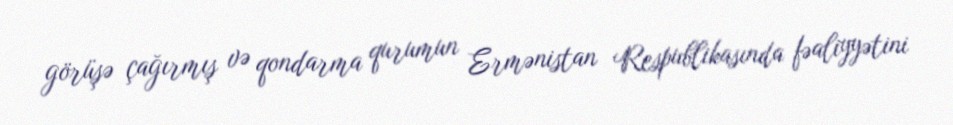
görüşə çağırmış və qondarma qurumun Ermənistan Respublikasında fəaliyyətini